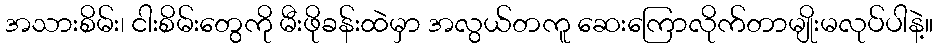
အသားစိမ်း၊ ငါးစိမ်းတွေကို မီးဖိုခန်းထဲမှာ အလွယ်တကူ ဆေးကြောလိုက်တာမျိုးမလုပ်ပါနဲ့။